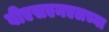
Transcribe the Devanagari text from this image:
बीएसएनएलच्या